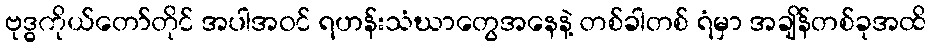
ဗုဒ္ဓကိုယ်တော်တိုင် အပါအဝင် ရဟန်းသံဃာတွေအနေနဲ့ တစ်ခါတစ် ရံမှာ အချိန်တစ်ခုအထိ